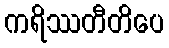
ကရိဿတီတိပေ